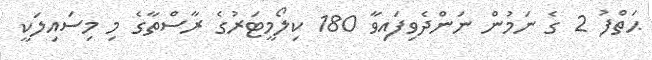
ޙަތްފު 2 ގެ ނަމުން ނަންދެވިފައިވާ 180 ކިލޯމީޓަރުގެ ރާސްތާގެ މި މިސައިލަކީ